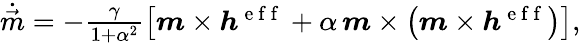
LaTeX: \begin{array}{r}{\dot{\vec{m}}=-\frac{\gamma}{1+\alpha^{2}}\left[\boldsymbol{m}\times\boldsymbol{h}^{\mathrm{~e~f~f~}}+\alpha\, \boldsymbol{m}\times\left(\boldsymbol{m}\times\boldsymbol{h}^{\mathrm{~e~f~f~}}\right)\right],}\end{array}